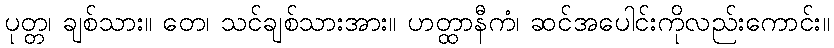
ပုတ္တ၊ ချစ်သား။ တေ၊ သင်ချစ်သားအား။ ဟတ္ထာနီကံ၊ ဆင်အပေါင်းကိုလည်းကောင်း။